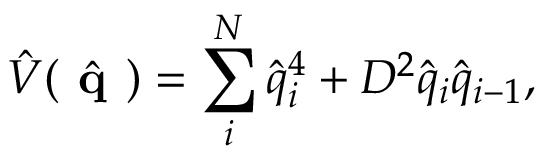
\hat { V } ( \hat { \textbf { q } } ) = \sum _ { i } ^ { N } \hat { q } _ { i } ^ { 4 } + D ^ { 2 } \hat { q } _ { i } \hat { q } _ { i - 1 } ,